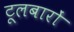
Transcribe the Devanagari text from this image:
टूलबारों